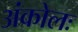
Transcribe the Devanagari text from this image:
अंकोलः